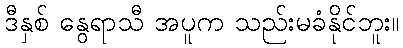
ဒီနှစ် နွေရာသီ အပူက သည်းမခံနိုင်ဘူး။